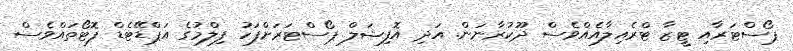
ޕޯސްޓަރާއި ޓީޒާ ޓްރެއިލާއެއްވެސް ދޫކުރާނަން. އަދި އޮފިޝަލް ޕޯސްޓަރަށްފަހު ފިލްމުގެ އަޕްޑޭޓެޑް ފޮޓޯތައްވެސް